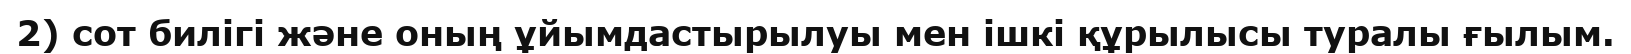
2) сот билігі және оның ұйымдастырылуы мен ішкі құрылысы туралы ғылым.